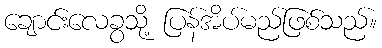
ချောင်းလေခွသို့ ပြန်အိပ်မည်ဖြစ်သည်။